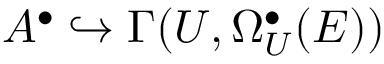
A ^ { \bullet } \hookrightarrow \Gamma ( U , \Omega _ { U } ^ { \bullet } ( { \cal E } ) )